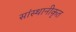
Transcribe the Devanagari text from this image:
सांस्थानीकृत